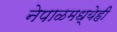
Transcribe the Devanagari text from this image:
नेपाळमध्येही